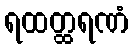
ရထတ္ထရဏံ